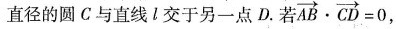
直径的圆C与直线l交于另一点D.若$$\overrightarrow{AB} \cdot \overrightarrow{CD} = 0$$，